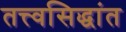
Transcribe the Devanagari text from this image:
तत्त्वसिद्धांत